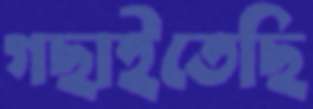
গছাইতেছি